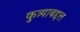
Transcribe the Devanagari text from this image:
कुत्र्याबद्दल